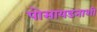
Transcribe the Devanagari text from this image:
पोसायडनाशी